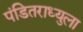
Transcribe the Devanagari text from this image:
पंडितराध्युला